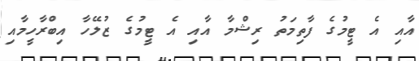
އާއި އެ ޓީމުގެ ފާތިމަތު ރިޝްމާ އާއި އެ ޓީމުގެ ޒުލޭހާ އިބްރާހީމާއި